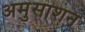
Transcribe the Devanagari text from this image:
अमुसाशन